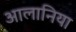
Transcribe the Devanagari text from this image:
आलानिया